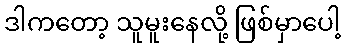
ဒါကတော့ သူမူးနေလို့ ဖြစ်မှာပေါ့